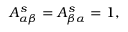
A _ { \alpha \beta } ^ { s } = A _ { \beta \alpha } ^ { s } = 1 ,